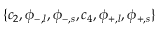
\{ c _ { 2 } , \phi _ { - , l } , \phi _ { - , s } , c _ { 4 } , \phi _ { + , l } , \phi _ { + , s } \}